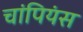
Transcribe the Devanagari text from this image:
चांपियंस